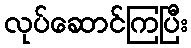
လုပ်ဆောင်ကြပြီး